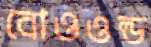
বোওওল্ড